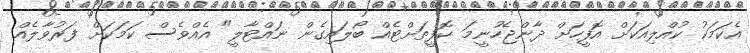
އެކަމަކު ކުއްލިއަކަށް އޮފީހަށް ދާންޖެހުނީމަ ކޮފީތަށްޓެއް ބޯލައިގެން ނައްޓާލީ" އެއްވެސް ކަމަކަށް ފަރުވާލެއް